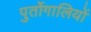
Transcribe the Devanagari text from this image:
पुर्तोगालियों